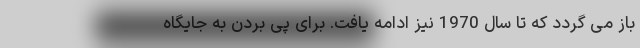
باز می گردد که تا سال 1970 نیز ادامه یافت. برای پی بردن به جایگاه